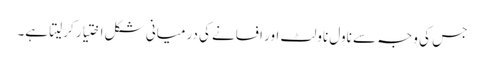
جس کی وجہ سے ناول ناولٹ اور افسانے کی درمیانی شکل اختیار کرلیتا ہے۔